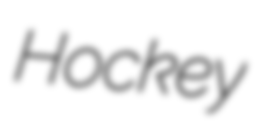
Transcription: Hockey